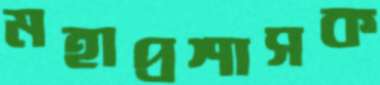
মহাপ্রশাসক